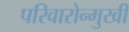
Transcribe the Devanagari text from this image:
परिवारोन्मुखी